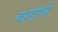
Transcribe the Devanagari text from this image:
वाडांचे